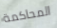
المحاكمة